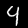
Label: 4